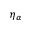
\eta _ { \alpha }